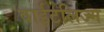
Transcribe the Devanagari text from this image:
वाईटलिज्म